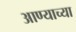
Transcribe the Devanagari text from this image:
आण्याच्या